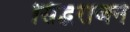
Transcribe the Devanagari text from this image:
सिद्धराजने